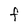
Character: F